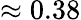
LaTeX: \approx 0.38